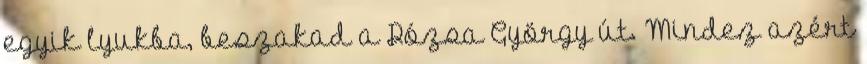
egyik lyukba, beszakad a Dózsa György út. Mindez azért